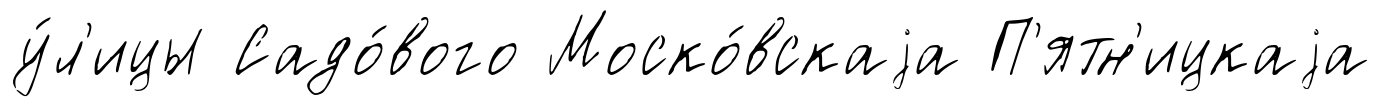
у́л'ицы Садо́вого Моско́вскаjа П'ятн'ицкаjа